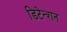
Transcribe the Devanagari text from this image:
डिटेन्शन